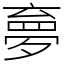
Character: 夣